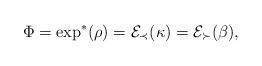
LaTeX: \begin{align*}\Phi=\exp^*(\rho)=\mathcal{E}_\prec(\kappa) = \mathcal{E}_\succ(\beta),\end{align*}